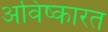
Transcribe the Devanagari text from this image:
अविष्कारत